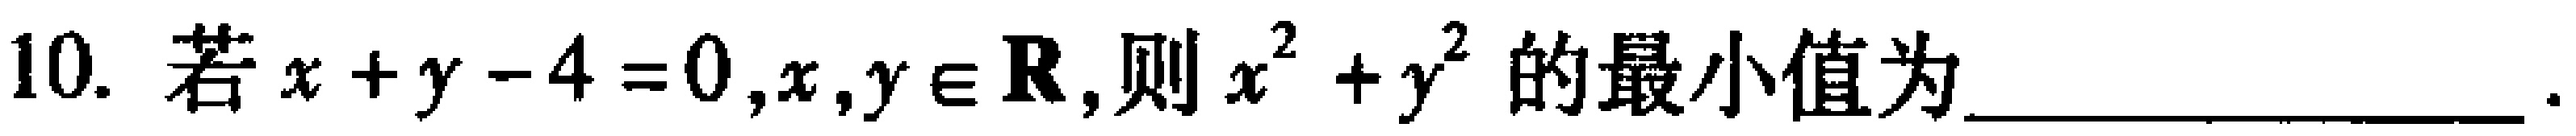
10. 若\(x + y - 4 = 0,x,y\in \mathbf{R}\),则\(x^{2} + y^{2}\)的最小值为_________________.